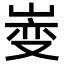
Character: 𫶄